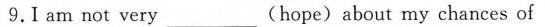
9.I am not very ___(hope)about my chances of